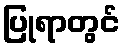
ပြုရာတွင်